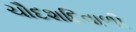
ચૌદશદિવાળી